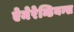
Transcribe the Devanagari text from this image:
ऐमेरेन्डियन्स